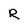
Character: R